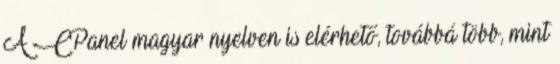
A CPanel magyar nyelven is elérhető, továbbá több, mint